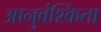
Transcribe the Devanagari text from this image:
आनुवंश्किता